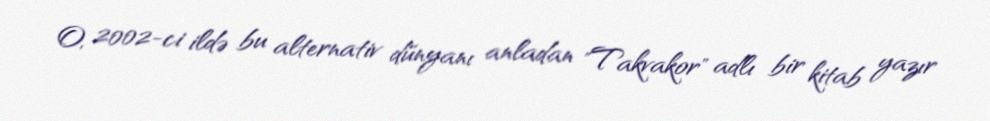
O, 2002-ci ildə bu alternativ dünyanı anladan "Takvakor" adlı bir kitab yazır